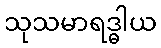
သုသမာရဒ္ဓါယ